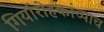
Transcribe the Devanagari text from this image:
गिर्यारोहकांच्याच